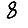
Digit: 8